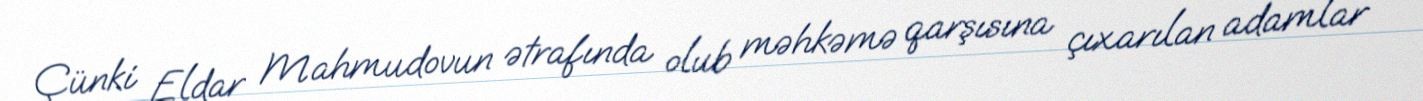
Çünki Eldar Mahmudovun ətrafında olub məhkəmə qarşısına çıxarılan adamlar